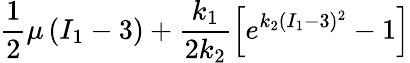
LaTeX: \frac{1}{2}\mu\left(I_{1}-3\right)+\frac{k_{1}}{2k_{2}}\left[e^{k_{2}(I_{1}-3)^{2}}-1\right]